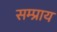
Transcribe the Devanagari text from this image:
सम्प्राय